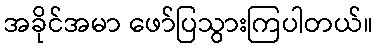
အခိုင်အမာ ဖော်ပြသွားကြပါတယ်။